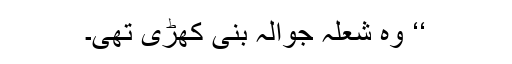
‘‘ وہ شعلہ جوالہ بنی کھڑی تھی۔